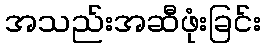
အသည်းအဆီဖုံးခြင်း